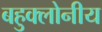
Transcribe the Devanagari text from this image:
बहुक्लोनीय